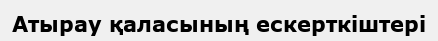
Атырау қаласының ескерткіштері